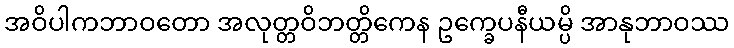
အဝိပါကဘာဝတော အလုတ္တဝိဘတ္တိကေန ဥက္ခေပနီယမ္ပိ အာနုဘာဝဿ